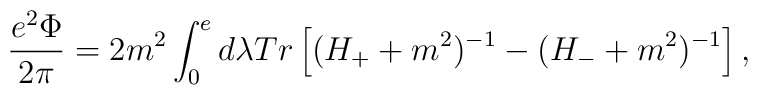
\displaystyle\frac{e^2 \Phi}{2\pi} = 2m^2 \displaystyle\int^e_0 d\lambda Tr \left[(H_+ + m^2)^{-1} - (H_- + m^2)^{-1}\right],